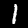
Label: 1